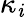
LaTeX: \kappa_{\mathit{i}}